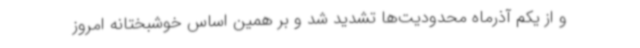
و از یکم آذرماه محدودیت‌ها تشدید شد و بر همین اساس خوشبختانه امروز